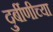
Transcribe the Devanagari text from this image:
दुर्बीणीच्या